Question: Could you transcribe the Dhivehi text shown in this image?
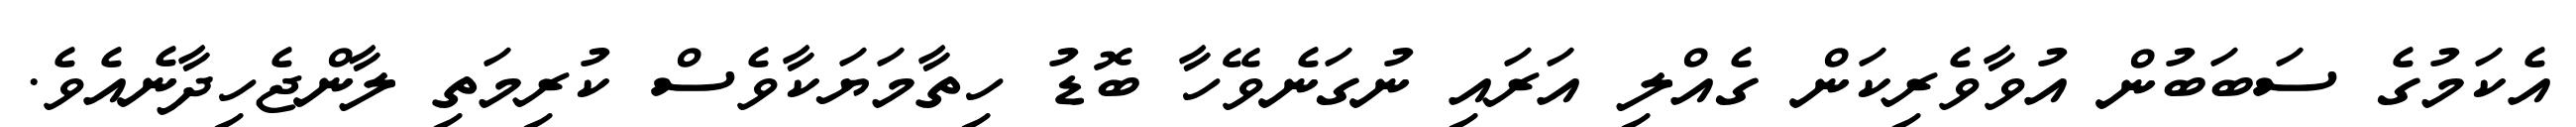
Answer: އެކަމުގެ ސަބަބުން އުވާވެރިކަން ގެއްލި އަރައި ނުގަނެވޭހާ ބޮޑު ހިތާމަޔަކާވެސް ކުރިމަތި ލާންޖެހިދާނެއެވެ.